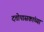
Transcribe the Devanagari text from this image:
दत्तोपासकांच्या